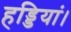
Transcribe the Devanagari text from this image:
हड्डियां।